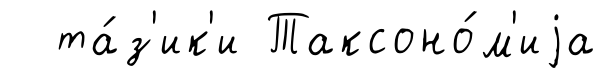
та́з'ик'и Таксоно́м'иjа